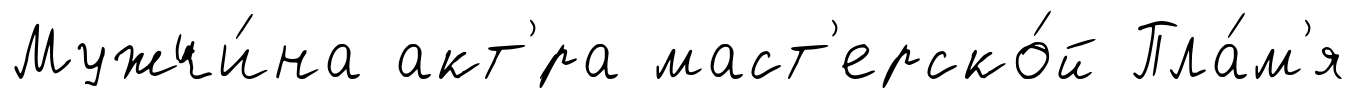
Мужчи́на акт'́ра маст'ерско́й Пла́м'я